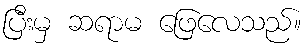
ပြီးမှ ဆရာမ ဖြေလေသည်။